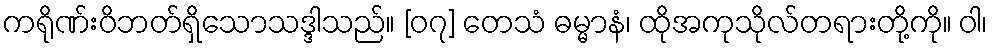
ကရိုဏ်းဝိဘတ်ရှိသောသဒ္ဒါသည်။ [၀၇] တေသံ ဓမ္မာနံ၊ ထိုအကုသိုလ်တရားတို့ကို။ ဝါ၊